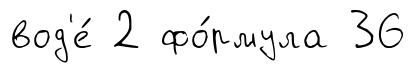
вод'е́ 2 фо́рмула 36